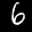
Label: 6